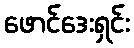
ဖောင်ဒေးရှင်း